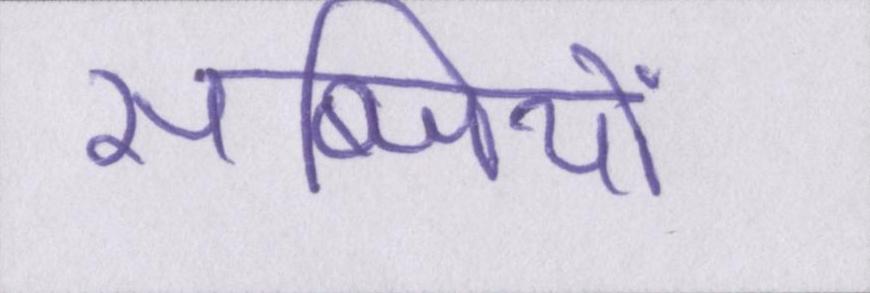
सब्जियों